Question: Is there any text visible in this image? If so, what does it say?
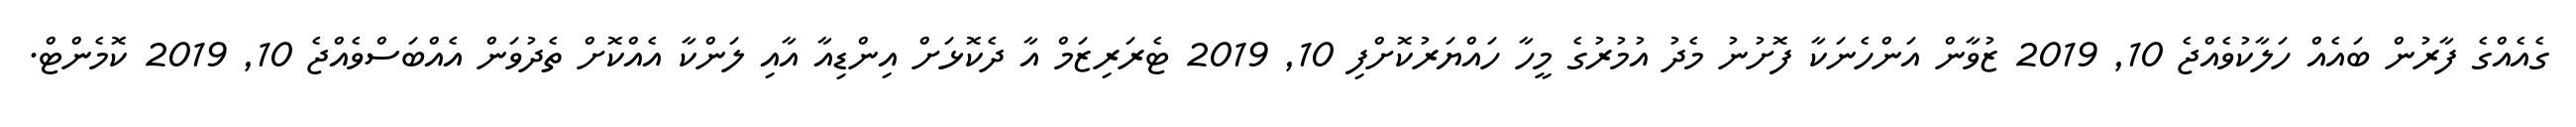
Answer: ގެއެއްގެ ފާރުން ބައެއް ހަލާކުވެއްޖެ 10, 2019 ޒުވާން އަންހެނަކާ ފޮށުނު މެދު އުމުރުގެ މީހާ ހައްޔަރުކޮށްފި 10, 2019 ޓެރަރިޒަމް އާ ދެކޮޅަށް އިންޑިއާ އާއި ލަންކާ އެއްކޮށް ތެދުވަން އެއްބަސްވެއްޖެ 10, 2019 ކޮމެންޓް.